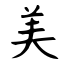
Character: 美